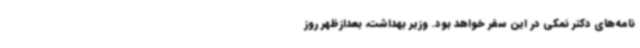
نامه‌های دکتر نمکی در این سفر خواهد بود. وزیر بهداشت، بعدازظهر روز